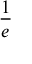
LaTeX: \frac { 1 } { e }